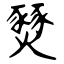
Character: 燹